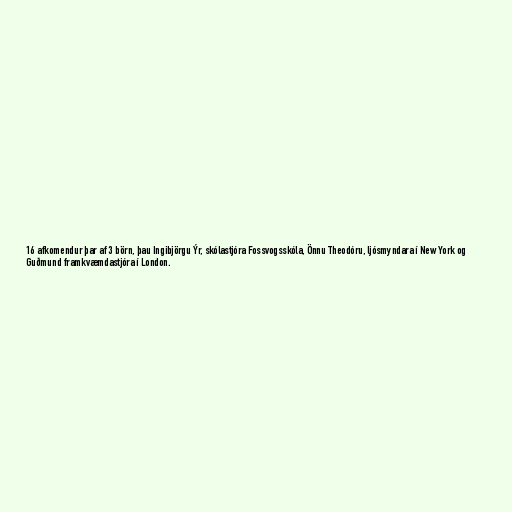
16 afkomendur þar af 3 börn, þau Ingibjörgu Ýr, skólastjóra Fossvogsskóla, Önnu Theodóru, ljósmyndara í New York og
Guðmund framkvæmdastjóra í London.